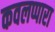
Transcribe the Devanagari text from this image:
कवलप्पारा